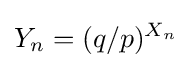
Y_{n}=(q/p)^{X_{n}}